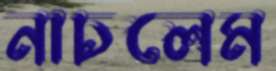
নাচলেম